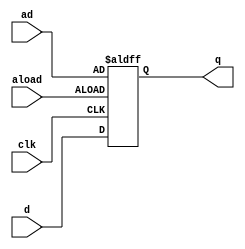
module aldff( input [0:3] d, input [0:3] ad, input clk, aload, output reg [0:3] q );
	always @( posedge clk, posedge aload)
		if (aload)
			q <= ad;
		else
			q <= d;
endmodule